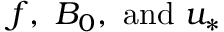
f , ~ B _ { 0 } , \mathrm { ~ a n d ~ } u _ { * }